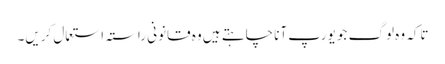
تاکہ وہ لوگ جو یورپ آنا چاہتے ہیں وہ قانونی راستہ استعمال کریں۔